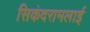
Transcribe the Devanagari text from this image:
सिकंदरामलाई